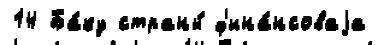
14 Ба́ку страны́ ф'ина́нсоваjа